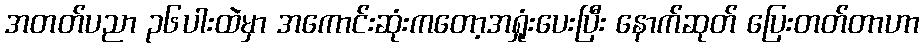
အတတ်ပညာ ၃၆ပါးထဲမှာ အကောင်းဆုံးကတော့အရှုံးပေးပြီး နောက်ဆုတ် ပြေးတတ်တာဟာ